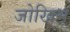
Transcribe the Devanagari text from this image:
जोखिम्